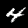
Digit: 4